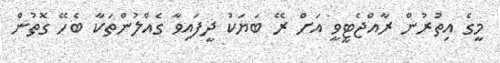
މީގެ އިތުރުން ރާއްޖެޓީވީ އަށް ރޭ ބަޔަކު ދީފައިވާ ގެއްލުންތަކާ ބެހޭ ގޮތުން